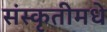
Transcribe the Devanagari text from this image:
संस्कृतीमधे